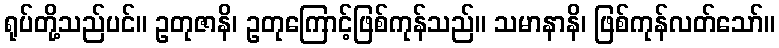
ရုပ်တို့သည်ပင်။ ဥတုဇာနိ၊ ဥတုကြောင့်ဖြစ်ကုန်သည်။ သမာနာနိ၊ ဖြစ်ကုန်လတ်သော်။